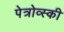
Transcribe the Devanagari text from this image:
पेत्रोव्स्की